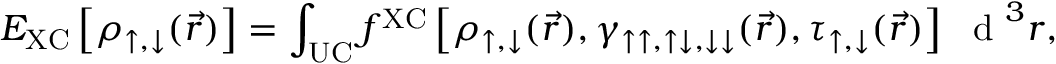
E _ { \mathrm { X C } } \left[ \rho _ { \uparrow , \downarrow } ( \vec { r } ) \right] = \int _ { \mathrm { U C } } f ^ { \mathrm { X C } } \left[ \rho _ { \uparrow , \downarrow } ( \vec { r } ) , \gamma _ { \uparrow \uparrow , \uparrow \downarrow , \downarrow \downarrow } ( \vec { r } ) , \tau _ { \uparrow , \downarrow } ( \vec { r } ) \right] ~ \textrm { d } ^ { 3 } r ,